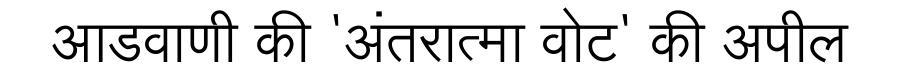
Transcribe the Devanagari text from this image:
आडवाणी की 'अंतरात्मा वोट' की अपील